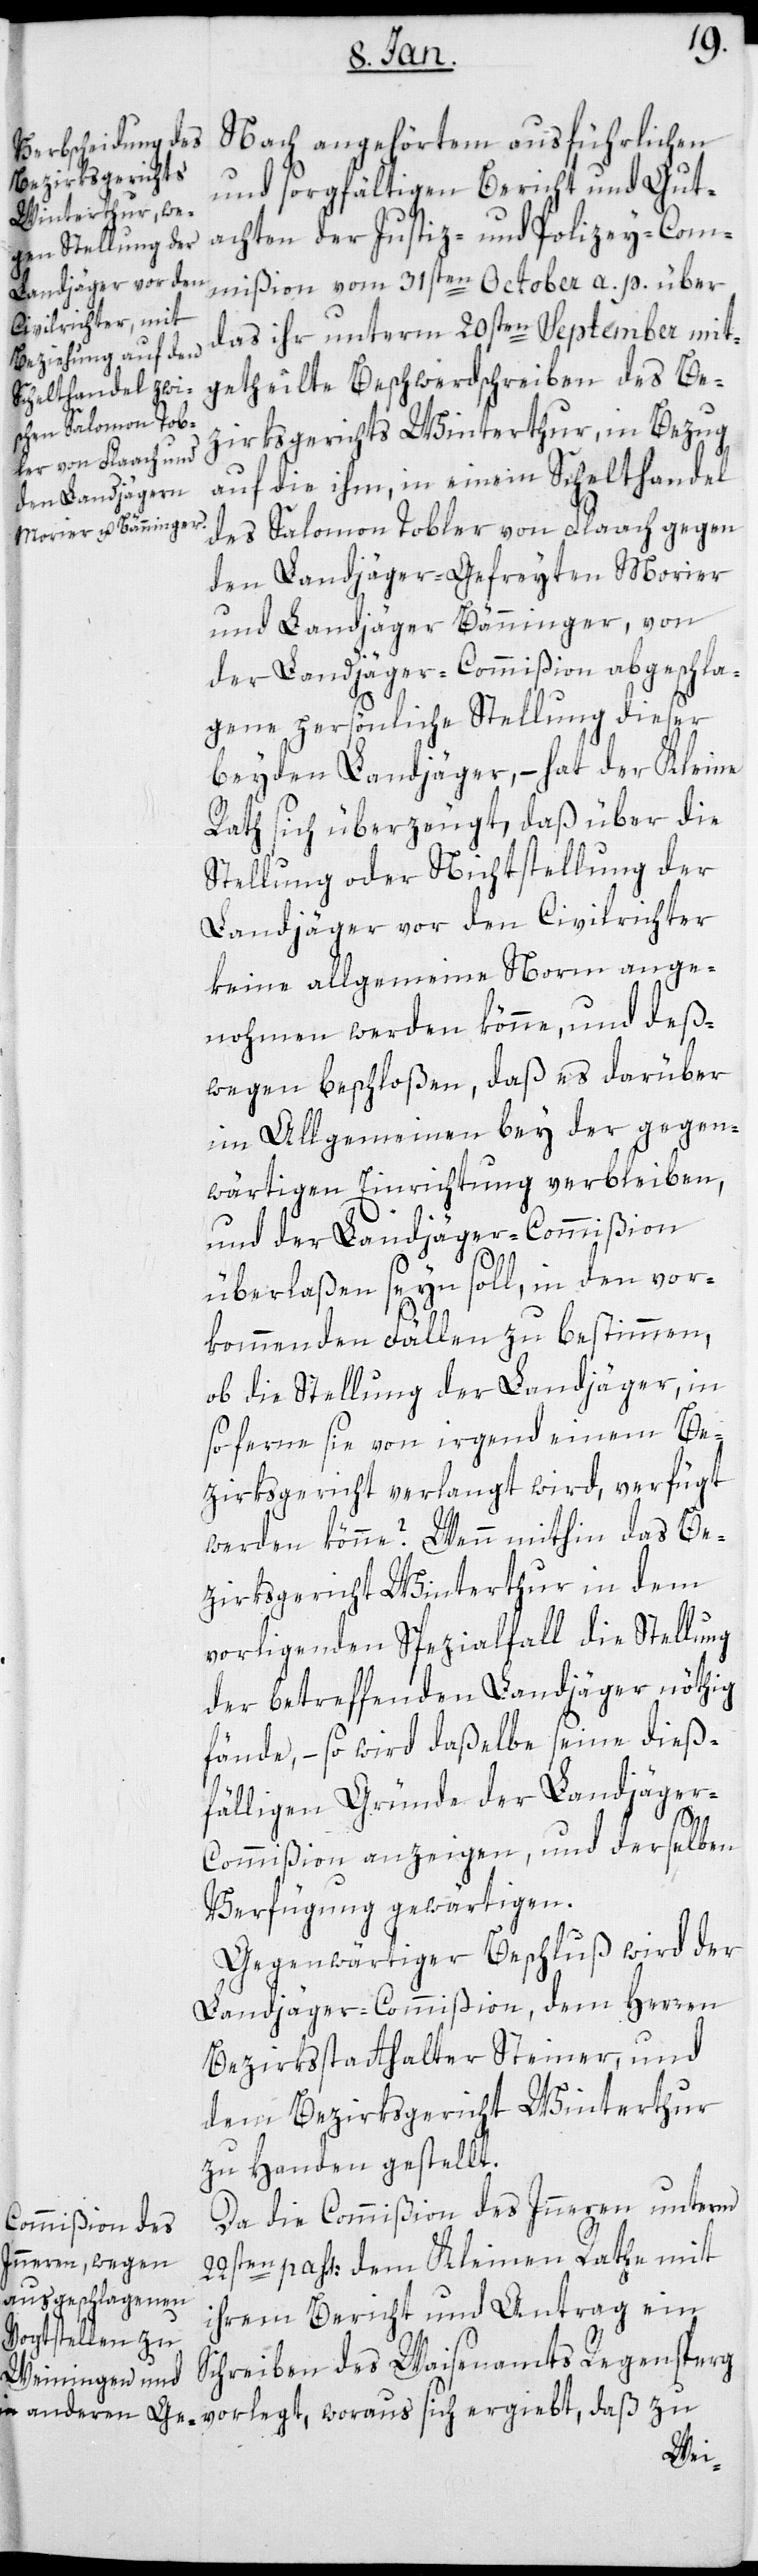
Nach angehörtem ausführlichen
und sorgfältigen Bericht und Gut¬
achten der Justiz- und Polizei-Com¬
mißion vom 31sten October a. p. über
das ihr unterm 20sten September mit¬
getheilte Beschwerdschreiben des Be¬
zirksgerichts Winterthur, in Bezug
auf die ihm, in einem Schelthandel
des Salomon Tobler von Flaach gegen
den Landjäger-Gefreiten Morier
und Landjäger Bänninger, von
der Landjäger-Commißion abgeschla¬
gene persönliche Stellung dieser
beyden Landjäger, – hat der Kleine
Rath sich überzeugt, daß über die
Stellung oder Nichtstellung der
Landjäger vor den Civilrichter
keine allgemeine Norm ange¬
nommen werden könne, und deß¬
wegen beschloßen, daß es darüber
im Allgemeinen bey der gegen¬
wärtigen Einrichtung verbleiben,
und der Landjäger-Commißion
überlassen sein soll, in den vor¬
kommenden Fällen zu bestimmen,
ob die Stellung der Landjäger, in
so ferne sie von irgend einem Be¬
zirksgericht verlangt wird, verfügt
werden könne? Wenn mithin das Be¬
zirksgericht Winterthur in dem
vorliegenden Spezialfall die Stellung
der betreffenden Landjäger nöthig
fände, – so wird dasselbe seine dies¬
fälligen Gründe der Landjäge¬
r-Commißion anzeigen und derselben
Verfügung gewärtigen.
Gegenwärtiger Beschluß wird der
Landjäger-Commißion, dem Herren
Bezirksstatthalter Steiner und
dem Bezirksgericht Winterthur
zu Handen gestellt.
Da die Commißion des Innern unterm
22sten passati dem Kleinen Rathe mit
ihrem Bericht und Antrag ein
Schreiben des Waisenamts Regensperg
vorlegt, woraus sich ergibt, daß zu